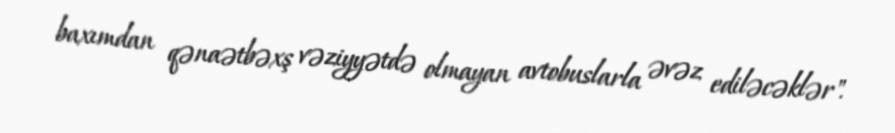
baxımdan qənaətbəxş vəziyyətdə olmayan avtobuslarla əvəz ediləcəklər".